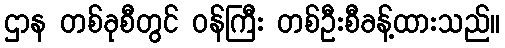
ဌာန တစ်ခုစီတွင် ဝန်ကြီး တစ်ဦးစီခန့်ထားသည်။